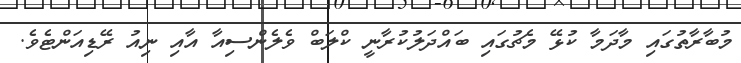
މުބާރާތުގައި މާދަމާ ކުޅޭ މެޗުގައި ބައްދަލުކުރާނީ ކްލަބް ވެލެންސިއާ އާއި ނިއު ރޭޑިއަންޓެވެ.